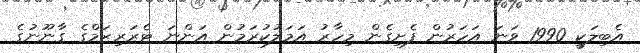
އެބިލަކީ 1990 ވަނަ އަހަރުން ފެށިގެން މިހާރު އަމަލުކުރަމުން އަންނަ ޓެރަރިޒަމްގެ ގާނޫނުގެ